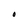
Character: O